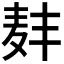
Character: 𫜑